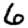
Digit: 6